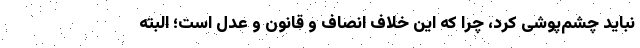
نباید چشم‌پوشی کرد، چرا که این خلاف انصاف و قانون و عدل است؛ البته